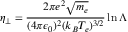
\eta _ { \perp } = \frac { 2 \pi e ^ { 2 } \sqrt { m _ { e } } } { ( 4 \pi \epsilon _ { 0 } ) ^ { 2 } ( k _ { B } T _ { e } ) ^ { 3 / 2 } } \ln \Lambda